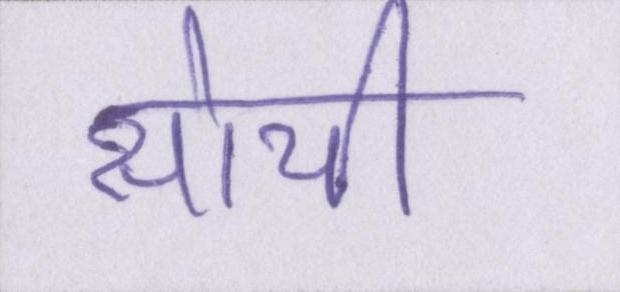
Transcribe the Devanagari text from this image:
सोची